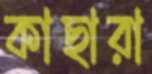
কাছারা